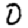
Digit: 0